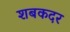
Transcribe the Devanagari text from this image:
शबकदर